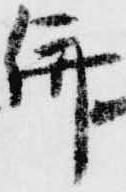
併